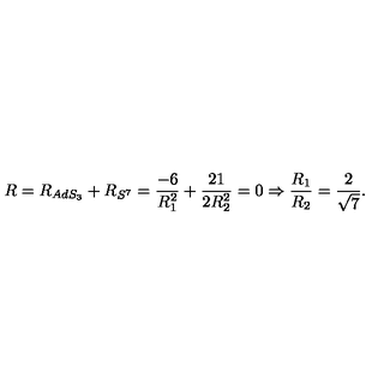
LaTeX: R = R _ { A d S _ { 3 } } + R _ { S ^ { 7 } } = { \frac { - 6 } { R _ { 1 } ^ { 2 } } } + { \frac { 2 1 } { 2 R _ { 2 } ^ { 2 } } } = 0 \Rightarrow { \frac { R _ { 1 } } { R _ { 2 } } } = { \frac { 2 } { \sqrt { 7 } } } .